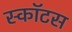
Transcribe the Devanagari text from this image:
स्काॅटस